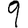
Digit: 9